Report on plague and inoculation in the Punjab from October 1st ... to September 30th..., being the ... season of plague in the province
Disease focus: Plague
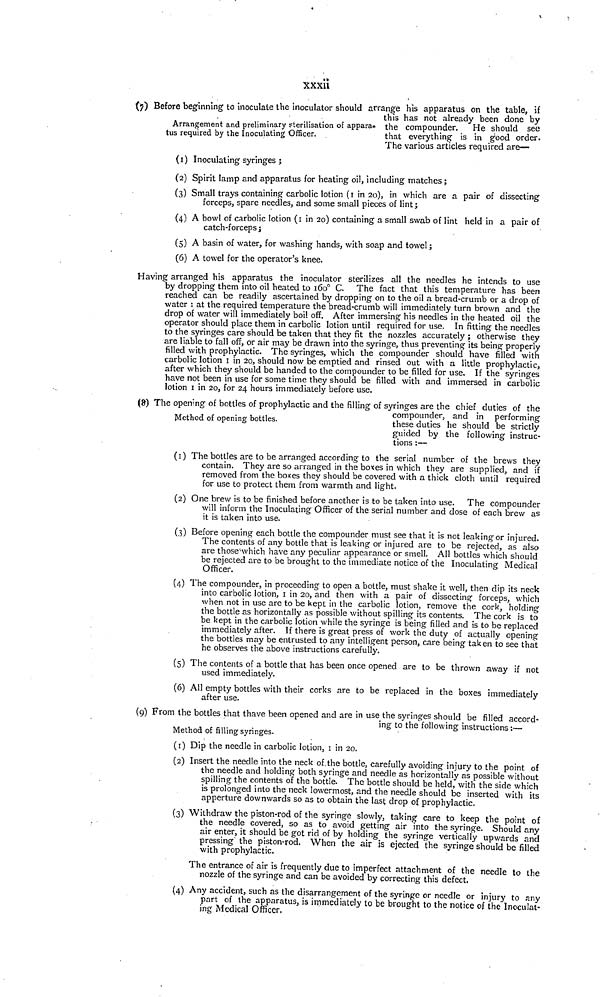
xxxii
Arrangement and preliminary sterilisation of appara-
tus required by the Inoculating Officer.
(7) Before beginning to inoculate the inoculator should arrange his apparatus on the table, if
this has not already been done by
the compounder.
He should see
that everything is in good order.
The various articles required are—
(1) Inoculating syringes ;
(2) Spirit lamp and apparatus for heating oil, including matches ;
(3) Small trays containing carbolic lotion ( 1 in 20), in which are a pair of dissecting
forceps, spare needles, and some small pieces of lint;
(4) A bowl of carbolic lotion (1 in 20) containing a small swab of lint held in a pair of
catch-forceps ;
(5) A basin of water, for washing hands, with soap and towel ;
(6) A towel for the operator's knee.
Having arranged his apparatus the inoculator sterilizes all the needles he intends to use
by dropping them into oil heated to 160 0 C. The fact that this temperature has been
reached can be readily ascertained by dropping on to the oil a bread-crumb or a drop of
water : at the required temperature the bread-crumb will immediately turn brown and the
drop of water will immediately boil off. After immersing his needles in the heated oil the
operator should place them in carbolic lotion until required for use. In fitting the needles
to the syringes care should be taken that they fit the nozzles accurately ; otherwise they
are liable to fall off, or air may be drawn into the syringe, thus preventing its being properly
filled with prophylactic. The syringes, which the compounder should have filled with
carbolic lotion 1 in 20, should now be emptied and rinsed out with a little prophylactic,
after which they should be handed to the compounder to be filled for use. If the syringes
have not been in use for some time they should be filled with and immersed in carbolic
lotion 1 in 20, for 24 hours immediately before use.
Method of opening bottles.
(8) The opening of bottles of prophylactic and the filling of syringes are the chief duties of the
compounder, and in performing
these duties he should be strictly
guided by the following instruc-
tions :—
(1) The bottles are to be arranged according to the serial number of the brews they
contain. They are so arranged in the boxes in which they are supplied, and if
removed from the boxes they should be covered with a thick cloth until required
for use to protect them from warmth and light.
(2) One brew is to be finished before another is to be taken into use. The compounder
will inform the Inoculating Officer of the serial number and dose of each brew as
it is taken into use.
(3) Before opening each bottle the compounder must see that it is not leaking or injured.
The contents of any bottle that is leaking or injured are to be rejected, as also
are those'which have any peculiar appearance or smell. All bottles which should
be rejected are to be brought to the immediate notice of the Inoculating Medical
Officer.
(4) The compounder, in proceeding to open a bottle, must shake it well, then dip its neck
into carbolic lotion, 1 in 20, and then with a pair of dissecting forceps, which
when not in use are to be kept in the carbolic lotion, remove the cork, holding
the bottle as horizontally as possible without spilling its contents. The cork is to
be kept in the carbolic lotion while the syringe is being filled and is to be replaced
immediately after. If there is great press of work the duty of actually opening
the bottles may be entrusted to any intelligent person, care being taken to see that
he observes the above instructions carefully.
(5) The contents of a bottle that has been once opened are to be thrown away if not
used immediately.
(6) All empty bottles with their corks are to be replaced in the boxes immediately
after use.
Method of filling syringes.
(9) From the bottles that thave been opened and are in use the syringes should be filled accord-
ing to the following instructions :—
(1) Dip the needle in carbolic lotion, 1 in 20.
(2) Insert the needle into the neck of.the bottle, carefully avoiding injury to the point of
the needle and holding both syringe and needle as horizontally as possible without
spilling the contents of the bottle. The bottle should be held, with the side which
is prolonged into the neck lowermost, and the needle should be inserted with its
apperture downwards so as to obtain the last drop of prophylactic.
(3) Withdraw the piston-rod of the syringe slowly, taking care to keep the point of
the needle covered, so as to avoid getting air into the syringe. Should any
air enter, it should be got rid of by holding the syringe vertically upwards and
pressing the piston-rod. When the air is ejected the syringe should be filled
with prophylactic.
The entrance of air is frequently due to imperfect attachment of the needle to the
nozzle of the syringe and can be avoided by correcting this defect.
(4) Any accident, such as the disarrangement of the syringe or needle or injury to any
part of the apparatus, is immediately to be brought to the notice of the Inoculat-
ing Medical Officer,